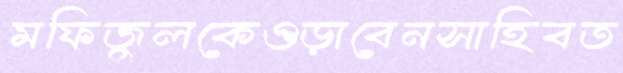
মফিজুলকেওড়াবেনসাহিবত